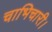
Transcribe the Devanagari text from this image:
चाभिचारी।